Annual statistical returns and brief notes on vaccination in Bengal - 1909-1929
Year: 1909
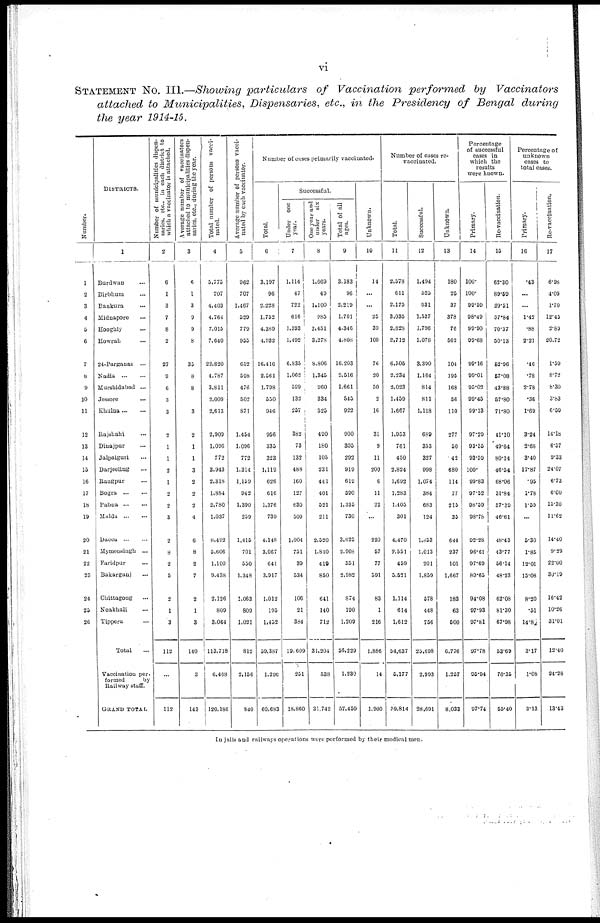
vi
STATEMENT No. III.—Showing particulars
of Vaccination performed by Vaccinators
attached to Municipalities, Dispensaries, etc., in the Presidency of Bengal during
the year 1914-15.
Number.
1
2
3
4
5
6
7
8
9
10
11
12
13
14
15
16
17
18
19
20
21
22
23
24
25
26
DISTRICTS.
1
Burdwan ...
Birbhum ...
Bankura ...
Midnapore ...
Hooghly ...
Howrah ...
24-Parganas ...
Nadla
...
...
Murshidabad ...
Jessore ...
Khulna
...
Rajshahi ...
Dinajpur ...
Jalpaiguri ...
Darjeeling ...
Rangpur ...
Bogra
...
...
Pabna
...
...
Malda
...
...
Dacca
...
...
Mymensingh ...
Faridpur ...
Bakarganj ...
Chittagong ...
Noakhali ...
Tippera ...
Total ...
Vaccination per¬
formed
by
Railway staff.
GRAND TOTAL
Number of municipalities dispen-
saries, etc., in each district to
which a vaccinator is attached.
2
6
1
3
7
8
2
27
9
6
3
3
2
1
1
2
1
2
2
3
2
8
2
5
2
1
3
112
...
112
Average number of vaccinators
attached to municipalities dispen-
saries, etc., during the year.
3
6
1
3
9
9
8
35
8
8
...
3
2
1
1
3
2
2
2
4
6
8
2
7
2
1
3
140
3
143
Total number of persons vacci-
nated.
4
5,775
707
4,403
4,764
7,015
7,640
22,820
4,787
3,811
2,009
2,613
2,909
1,096
772
3,943
2,318
1,884
2,780
1,037
8,492
5,606
1,100
9,438
2,126
809
3,064
113,718
6,468
120,186
Average number of persons vacci-
nated by each vaccinator.
5
962
707
1,467
529
779
955
652
598
476
502
871
1,454
1,096
772
1,314
1,159
942
1,390
259
1,415
701
550
1,348
1,063
809
1,021
812
2,156
840
Number of cases primarily vaccinated.
Total.
6
3,197
96
2,228
1,752
4,389
4,932
16,416
2,561
1,798
550
946
956
335
323
1,119
626
616
1,376
739
4,148
3,067
641
3,917
1,012
195
1,452
59,387
1,296
60,683
Successful.
Under one
year.
7
1,114
47
722
616
1,393
1,492
6,835
1,062
599
132
257
382
73
132
488
160
127
630
509
1,004
751
39
534
106
21
384
19,609
251
18,860
One year and
under
six
years.
8
1,669
49
1,100
985
2,451
3,278
8,806
1,345
960
334
525
490
180
105
231
441
401
521
211
2,520
1,840
419
850
641
140
712
31,204
538
31,742
Total of all
ages.
9
3,183
96
2,219
1,701
4,346
4,808
16,203
2,516
1,661
545
922
900
305
292
919
619
590
1,335
730
3,625
2,908
551
2,982
874
190
1,209
56,229
1,230
57,459
Unknown.
10
14
...
...
25
39
109
76
20
50
2
16
31
9
11
200
6
11
22
...
220
57
77
591
83
1
216
1,886
14
1,900
Number of cases re¬
vaccinated.
Total.
11
2,578
611
2,175
3,035
2,628
2,712
6,505
2,234
2,023
1,459
1,667
1,953
761
450
2,824
1,692
1,283
1,405
301
4,470
2,551
459
5,521
1,114
614
1,612
54,637
5,177
59,814
Successful.
12
1,494
525
631
1,537
1,796
1,078
3,390
1,164
814
811
1,118
689
353
327
998
1,074
384
683
124
1,653
1,013
201
1,859
578
448
756
25,698
2,993
28,691
Unknown.
13
180
25
37
378
76
562
104
195
168
56
110
277
50
42
680
114
77
215
35
644
237
101
1,667
183
63
500
6,776
1,257
8,033
Percentage
of successful
cases in
which the
results
were known.
Primary.
14
100.
100.
99.50
98.49
99.90
99.68
99.16
99.01
95.02
99.45
99.13
97.29
93.55
93.59
100.
99.83
97.52
98.59
98.78
92.28
96.61
97.69
89.65
94.08
97.93
97.81
97.78
95.94
97.74
Re-vaccination.
15
62.30
89.69
29.51
57.84
70.37
50.13
52.96
57.08
43.88
57.80
71.80
41.10
49.64
80.14
46.54
68.06
31.84
57.39
46.61
48.43
43.77
56.14
48.23
62.08
81.30
67.98
53.69
76.35
55.40
Percentage of
unknown
cases to
total cases.
Primary.
16
.43
...
...
1.42
.88
2.21
.46
.78
2.78
.36
1.69
3.24
2.68
3.40
17.87
.95
1.78
1.59
...
5.30
1.85
12.01
15.08
8.20
.51
14.8
3.17
1.08
3.13
Re-vaccination.
17
6.98
4.09
1.70
12.45
2.89
20.72
1.59
8.72
8.30
3.83
6.59
14.18
6.57
9.33
24.07
6.73
6.00
15.30
11.62
14.40
9.29
22.00
30.19
16.42
10.26
31.01
12.40
24.28
13.43
In jails and railways operations were performed by their medical men.